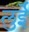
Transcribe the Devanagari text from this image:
लुईे